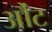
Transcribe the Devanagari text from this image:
औंट